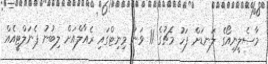
މާސެލީނިއޯގެ ލަނޑަށް ފަހު މެޗުގެ 11 ވަނަ މިނިޓްގައި ރެއާލްއަށް ލިބުނު ޕެނަލްޓީއެއް